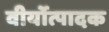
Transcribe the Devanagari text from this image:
वीर्योत्पादक